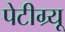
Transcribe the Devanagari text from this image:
पेटीग्र्यू